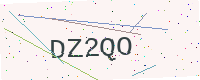
Text: DZ2QO